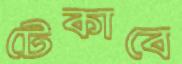
টেকাবে